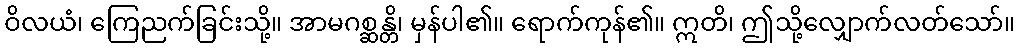
ဝိလယံ၊ ကြေညက်ခြင်းသို့။ အာမဂစ္ဆန္တိ၊ မှန်ပါ၏။ ရောက်ကုန်၏။ ဣတိ၊ ဤသို့လျှောက်လတ်သော်။